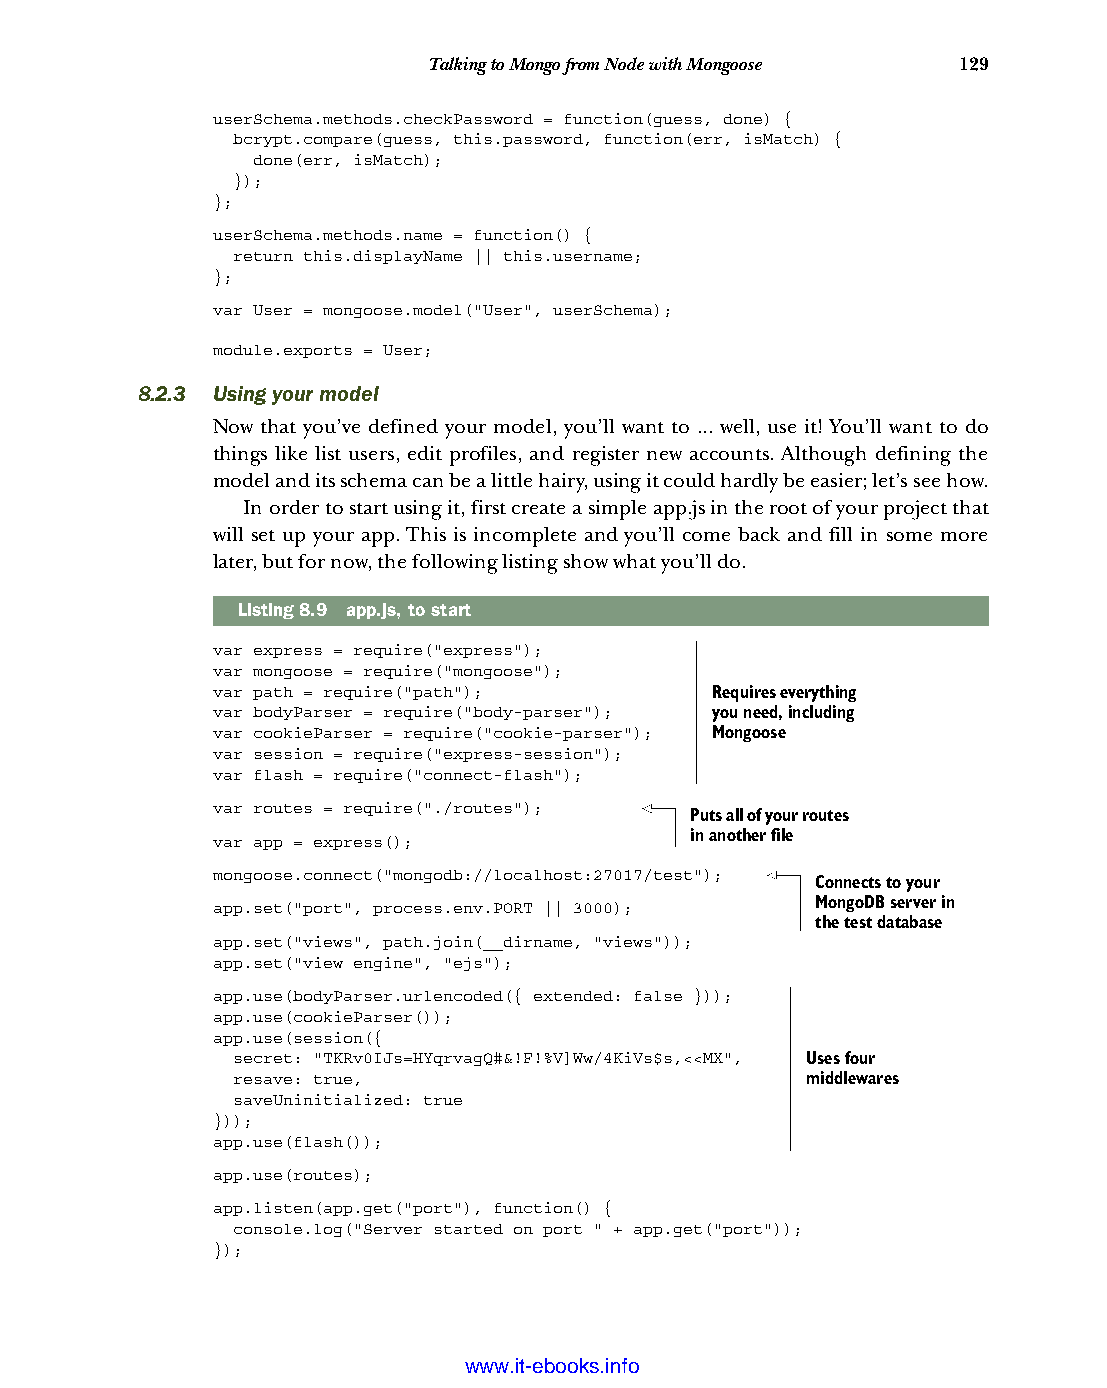
Talking to Mongo from Node with Mongoose 129
 userSchema.methods.checkPassword = function(guess, done) {
 bcrypt.compare(guess, this.password, function(err, isMatch) {
 done(err, isMatch);
 });
 };
 userSchema.methods.name = function() {
 return this.displayName || this.username;
 };
 var User = mongoose.model("User", userSchema);
 module.exports = User;
 8.2.3 Using your model
 Now that you’ve defined your model, you’ll want to ... well, use it! You’ll want to do
 things like list users, edit profiles, and register new accounts. Although defining the
 model and its schema can be a little hairy, using it could hardly be easier; let’s see how.
 In order to start using it, first create a simple app.js in the root of your project that
 will set up your app. This is incomplete and you’ll come back and fill in some more
 later, but for now, the following listing show what you’ll do.
 Listing8.9 app.js, to start
 var express = require("express");
 var mongoose = require("mongoose");
 var path = require("path");      Requires everything
 var bodyParser = require("body-parser"); you need, including
 var cookieParser = require("cookie-parser"); Mongoose
 var session = require("express-session");
 var flash = require("connect-flash");
 var routes = require("./routes");
 Puts all of your routes
 var app = express();            in another file
 mongoose.connect("mongodb://localhost:27017/test");
 Connects to your
 app.set("port", process.env.PORT || 3000); MongoDB server in
 the test database
 app.set("views", path.join(__dirname, "views"));
 app.set("view engine", "ejs");
 app.use(bodyParser.urlencoded({ extended: false }));
 app.use(cookieParser());
 app.use(session({
 secret: "TKRv0IJs=HYqrvagQ#&!F!%V]Ww/4KiVs$s,<<MX", Uses four
 resave: true,                         middlewares
 saveUninitialized: true
 }));
 app.use(flash());
 app.use(routes);
 app.listen(app.get("port"), function() {
 console.log("Server started on port " + app.get("port"));
 });
 Licensed wtow w <.mit-ielebro.8o8k8s@.ingfomail.com>